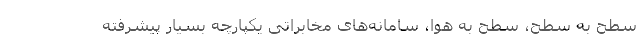
سطح به سطح، سطح به هوا، سامانه‌های مخابراتی یکپارچه بسیار پیشرفته